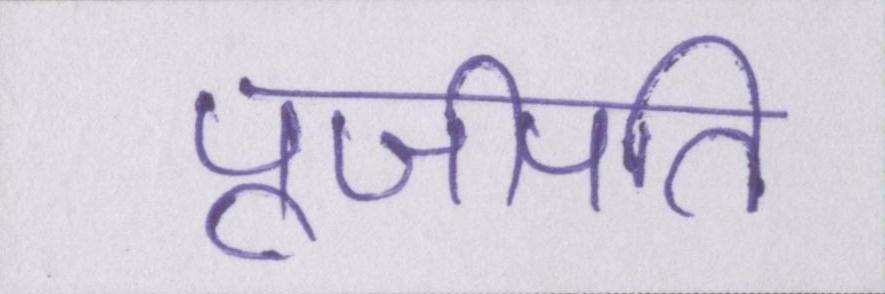
पूजीपति